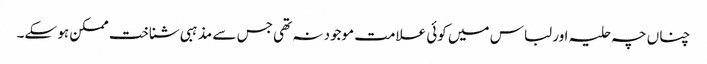
چناں چہ حلیہ اور لباس میں کوئی علامت موجود نہ تھی جس سے مذہبی شناخت ممکن ہو سکے۔